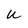
Character: u